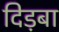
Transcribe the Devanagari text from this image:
दिड़बा